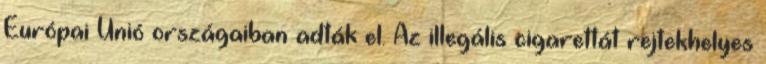
Európai Unió országaiban adták el. Az illegális cigarettát rejtekhelyes